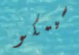
سيمكو